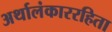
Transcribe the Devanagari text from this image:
अर्थालंकाररहिता